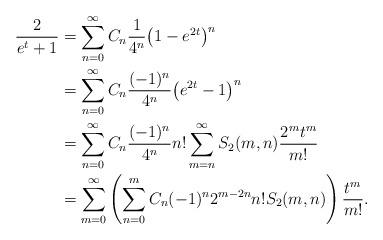
LaTeX: \begin{align*}\frac{2}{e^t+1} &= \sum_{n=0}^\infty C_n \frac{1}{4^n} \big( 1- e^{2t} \big)^n \\&= \sum_{n=0}^\infty C_n \frac{(-1)^n}{4^n} \big( e^{2t}-1 \big)^n \\&= \sum_{n=0}^\infty C_n \frac{(-1)^n}{4^n} n! \sum_{m=n}^\infty S_2(m,n) \frac{2^m t^m}{m!}\\&= \sum_{m=0}^\infty \left( \sum_{n=0}^m C_n (-1)^n 2^{m-2n} n! S_2(m,n) \right) \frac{t^m}{m!}.\end{align*}